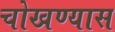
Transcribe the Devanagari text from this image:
चोखण्यास